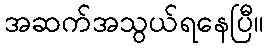
အဆက်အသွယ်ရနေပြီ။